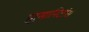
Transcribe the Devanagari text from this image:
ह्युमानिटीस